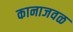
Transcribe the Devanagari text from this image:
कानाजवळ